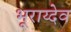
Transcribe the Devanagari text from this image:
भूराय्देव